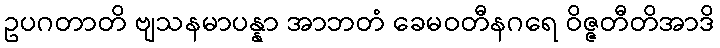
ဥပဂတာတိ ဗျသနမာပန္နာ အာဘတံ ခေမဝတီနဂရေ ဝိဇ္ဇတီတိအာဒိ